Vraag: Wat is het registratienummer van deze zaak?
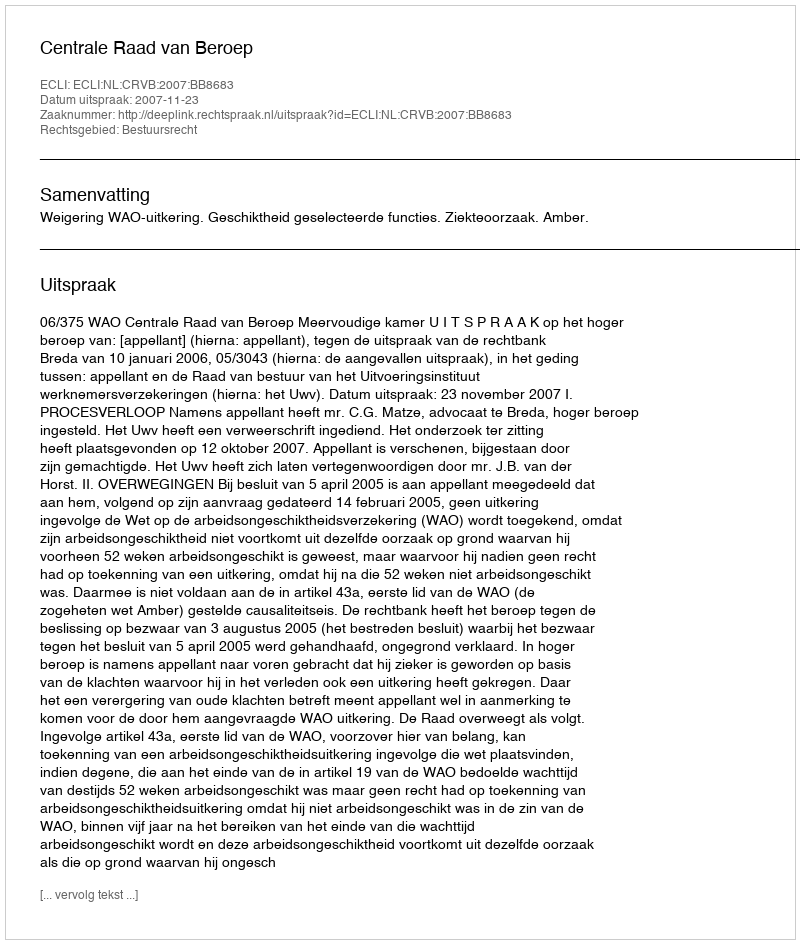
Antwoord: http://deeplink.rechtspraak.nl/uitspraak?id=ECLI:NL:CRVB:2007:BB8683